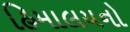
હિમાલયનો